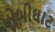
ધોબીઘાટ